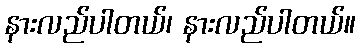
နားလည်ပါတယ်၊ နားလည်ပါတယ်။